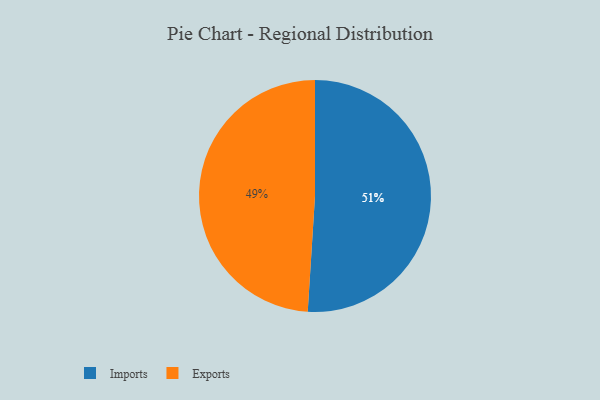
{"axis": {"x": "Category", "y": "Percentage"}, "legend": ["Exports", "Imports"], "data": [{"x": "Exports", "y": 49, "type": "Exports"}, {"x": "Imports", "y": 51, "type": "Imports"}]}